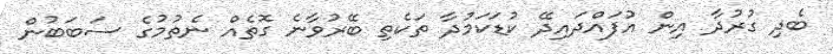
ބެދި ގުރުދާ އިން އުފައްދައިދޭ ކުޑަކަމުދާ ތަކެތި ބޭރުވާނެ ގޮތެއް ނެތުމުގެ ސަބަބުން